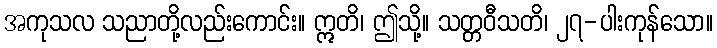
အကုသလ သညာတို့လည်းကောင်း။ ဣတိ၊ ဤသို့။ သတ္တဝီသတိ၊ ၂၇-ပါးကုန်သော။